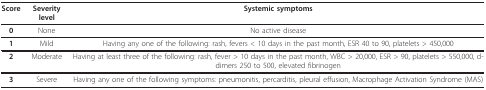
<table><thead><tr><td><b>Score</b></td><td><b>Severity level</b></td><td><b>Systemic symptoms</b></td></tr></thead><tbody><tr><td><b>0</b></td><td>None</td><td>No active disease</td></tr><tr><td><b>1</b></td><td>Mild</td><td>Having any one of the following: rash, fevers &lt; 10 days in the past month, ESR 40 to 90, platelets &gt; 450,000</td></tr><tr><td><b>2</b></td><td>Moderate</td><td>Having at least three of the following: rash, fever &gt; 10 days in the past month, WBC &gt; 20,000, ESR &gt; 90, platelets &gt; 550,000, d-dimers 250 to 500, elevated fibrinogen</td></tr><tr><td><b>3</b></td><td>Severe</td><td>Having any one of the following symptoms: pneumonitis, percarditis, pleural effusion, Macrophage Activation Syndrome (MAS)</td></tr></tbody></table>